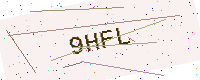
Text: 9HFL